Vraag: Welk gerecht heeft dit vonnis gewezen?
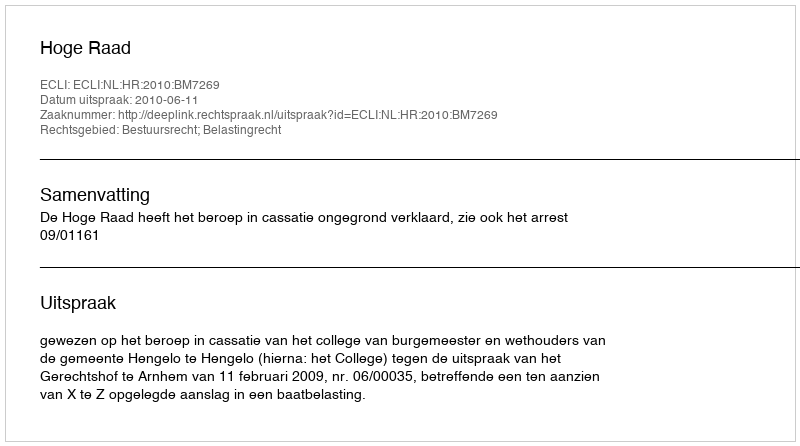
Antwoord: Hoge Raad